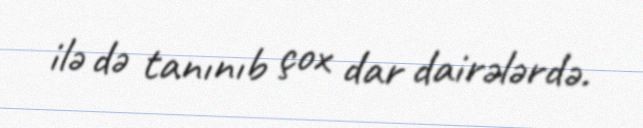
ilə də tanınıb çox dar dairələrdə.